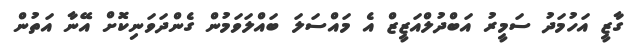
ގާޒީ އަހުމަދު ސަމީރު އަބްދުލްއަޒީޒް އެ މައްސަލަ ބައްލަވަމުން ގެންދަވަނިކޮށް އޭނާ އަތުން